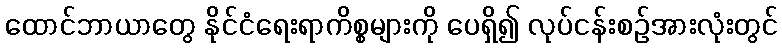
ထောင်ဘာယာတွေ နိုင်ငံရေးရာကိစ္စများကို ပေရှိ၍ လုပ်ငန်းစဉ်အားလုံးတွင်